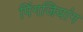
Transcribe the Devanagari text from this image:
पिंगजियांग